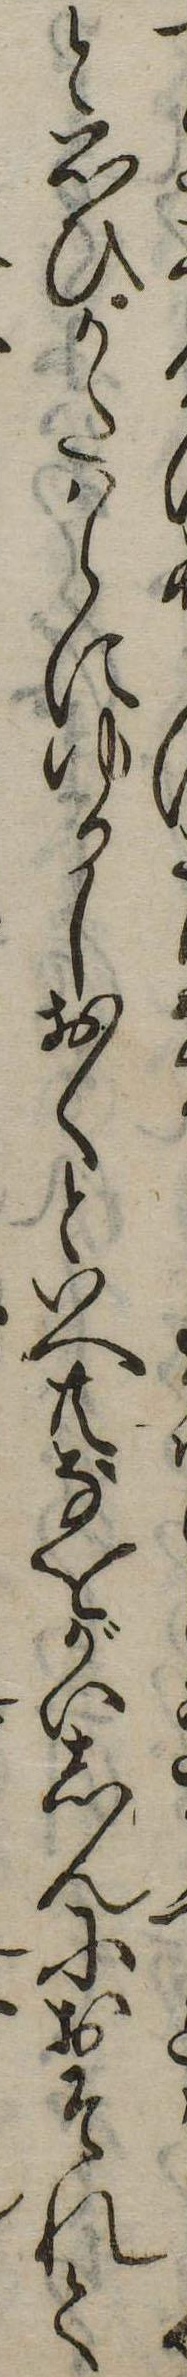
と思ひかたはらにゆるしおくといへ共なをがいしんにおそれて